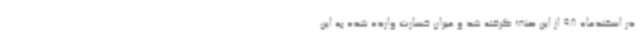
در اسفندماه 98 از این صنف گرفته شد و میزان خسارت وارده شده به این